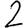
Digit: 2